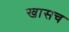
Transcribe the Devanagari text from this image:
खासच